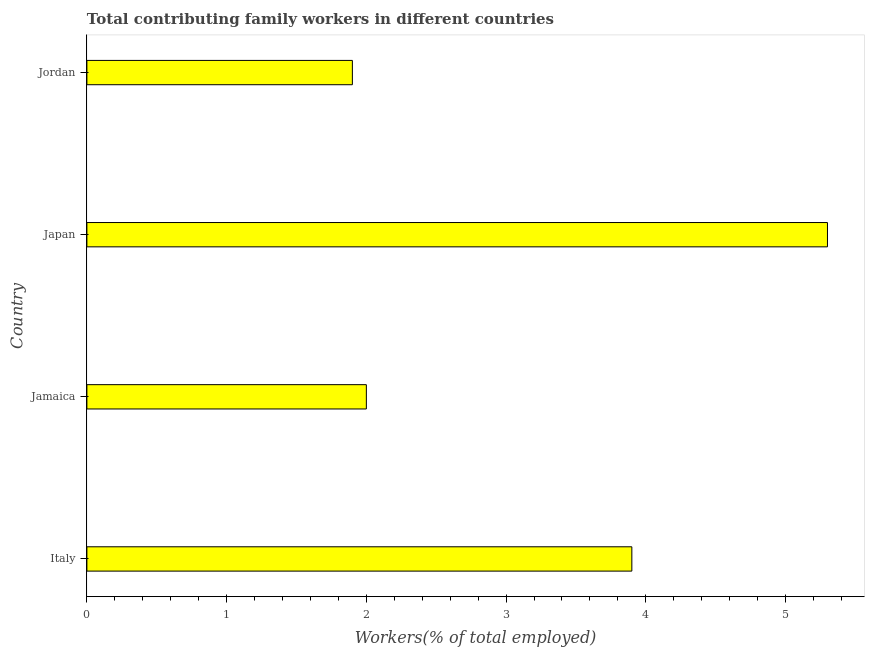
| Country | Contributing family workers |
 | --- | --- |
 | Italy | 3.9 |
 | Jamaica | 2 |
 | Japan | 5.3 |
 | Jordan | 1.9 |